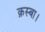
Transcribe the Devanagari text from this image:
क़स्बा।